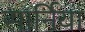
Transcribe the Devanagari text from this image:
सार्निया